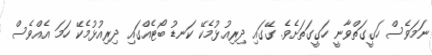
ނަމަވެސް ހަގީގަތްވާނީ ހަގީގަތަށެވެ. ގޭގައި ދިރިއުޅުމެކޭ ކަނޑު ބޯޓެއްގައި ދިރިއުޅުމެކޭ ހަމަ އެއްވެސް